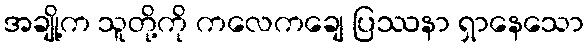
အချို့က သူတို့ကို ကလေကချေ ပြဿနာ ရှာနေသော